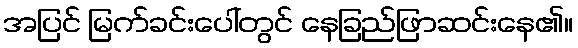
အပြင် မြက်ခင်းပေါ်တွင် နေခြည်ဖြာဆင်းနေ၏။